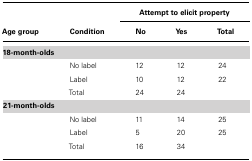
|  |  | <COLSPAN=3> Attempt to elicit property |
 | Age group | Condition | No | Yes | Total |
 | --- | --- | --- | --- | --- |
 | 18-month-olds |
 |  | No label | 12 | 12 | 24 |
 |  | Label | 10 | 12 | 22 |
 |  | Total | 24 | 24 |  |
 | 18-month-olds |
 |  | No label | 11 | 14 | 25 |
 |  | Label | 5 | 20 | 25 |
 |  | Total | 16 | 34 |  |